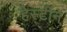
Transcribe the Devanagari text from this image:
हेस्टींन